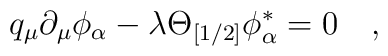
q_\mu \partial_\mu\phi_\alpha - \lambda \Theta_{[1/2]} \phi_\alpha^\ast=0\quad,